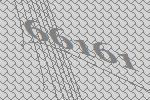
66161